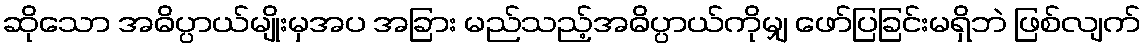
ဆိုသော အဓိပ္ပာယ်မျိုးမှအပ အခြား မည်သည့်အဓိပ္ပာယ်ကိုမျှ ဖော်ပြခြင်းမရှိဘဲ ဖြစ်လျက်